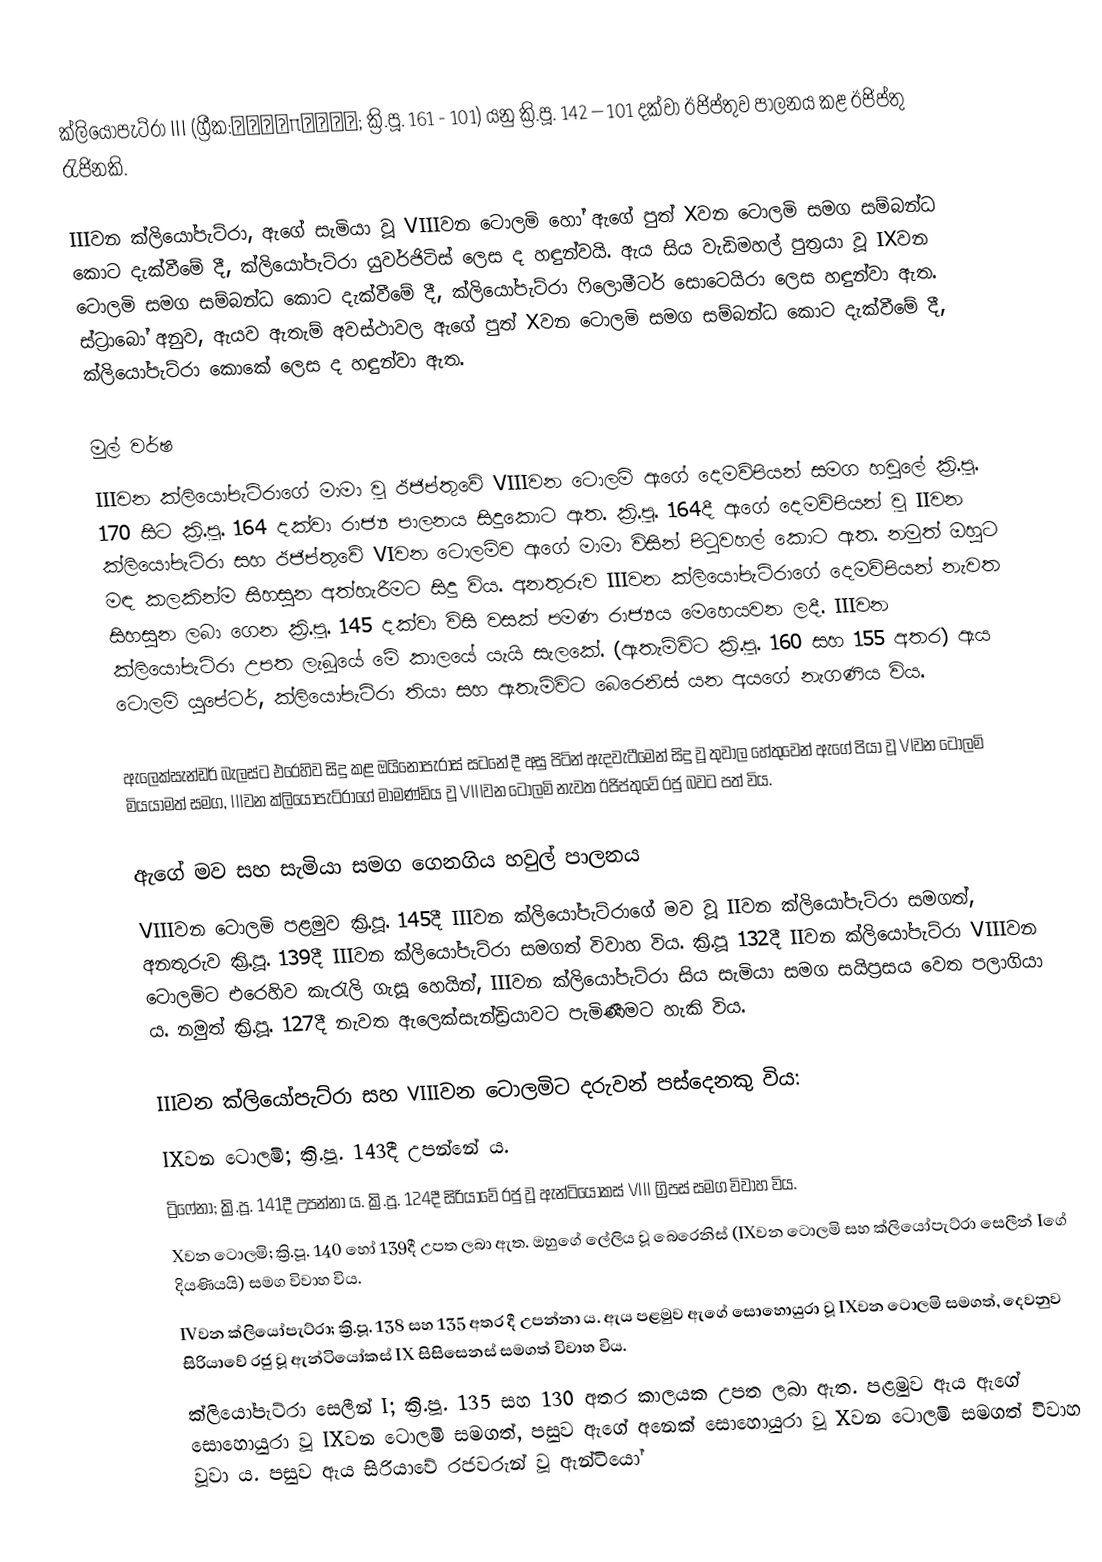
ක්ලියෝපැට්රා III (ග්‍රීක:Κλεοπάτρα; ක්‍රි.පූ. 161 - 101) යනු ක්‍රි.පූ. 142 – 101 දක්වා ඊජිප්තුව පාලනය කළ ඊජිප්තු රැජිනකි.

IIIවන ක්ලියෝපැට්රා, ඇගේ සැමියා වූ VIIIවන ටොලමි හෝ ඇ‍ගේ පුත් Xවන ටොලමි සමග සම්බන්ධ කොට දැක්වීමේ දී, ක්ලියෝපැට්රා යුවර්ජිටිස් ලෙස ද හඳුන්වයි. ඇය සිය වැඩිමහල් පුත්‍රයා වූ IXවන ටොලමි සමග සම්බන්ධ කොට දැක්වීමේ දී, ක්ලියෝපැට්රා ෆිලොමීටර් සොටෙයිරා ලෙස හඳුන්වා ඇත. ස්ට්‍රාබෝ අනුව, ඇයව ඇතැම් අවස්ථාවල ඇගේ පුත් Xවන ටොලමි සමග සම්බන්ධ කොට දැක්වීමේ දී, ක්ලියෝපැට්රා කොකේ ලෙස ද හඳුන්වා ඇත.

මුල් වර්ෂ
IIIවන ක්ලියෝපැට්රාගේ මාමා වූ ඊජිප්තුවේ VIIIවන ටොලමි ඇගේ දෙමව්පියන් සමග හවුලේ ක්‍රි.පූ. 170 සිට ක්‍රි.පූ. 164 දක්වා රාජ්‍ය පාලනය සිදුකොට ඇත. ක්‍රි.පූ. 164දී ඇගේ දෙමව්පියන් වූ IIවන ක්ලියෝපැට්රා සහ ඊජිප්තුවේ VIවන ටොලමිව ඇගේ මාමා විසින් ‍පිටුවහල් කොට ඇත. නමුත් ඔහුට මඳ කලකින්ම සිහසුන අත්හැරීමට සිදු විය. අනතුරුව IIIවන ක්ලියෝපැට්රාගේ දෙමව්පියන් නැවත සිහසුන ලබා ගෙන ක්‍රි.පූ. 145 දක්වා විසි වසක් පමණ රාජ්‍යය මෙහෙයවන ලදී. IIIවන ක්ලියෝපැට්රා උපත ලැබූයේ මේ කාලයේ යැයි සැලකේ. (ඇතැම්විට ක්‍රි.පූ. 160 සහ 155 අතර) ඇය ටොලමි යුපේටර්, ක්ලියෝපැට්රා තියා සහ ඇතැම්විට බෙරෙනිස් යන අයගේ නැගණිය විය.

ඇලෙක්සැන්ඩර් බැලස්ට එරෙහිව සිදු කළ ඔයිනොපැරාස් සටනේ දී අසු පිටින් ඇදවැටීමෙන් සිදු වූ තුවාල හේතුවෙන් ඇගේ පියා වූ VIවන ටොලමි මියයාමත් සමග, IIIවන ක්ලියෝපැට්රාගේ මාමණ්ඩිය වූ VIIIවන ටොලමි නැවත ඊජිප්තුවේ රජු බවට පත් විය.

ඇගේ මව සහ සැමියා සමග ගෙනගිය හවුල් පාලනය
VIIIවන ටොලමි පළමුව ක්‍රි.පූ. 145දී IIIවන ක්ලියෝපැට්රාගේ මව වූ IIවන ක්ලියෝපැට්රා සමගත්, අනතුරුව ක්‍රි.පූ. 139දී IIIවන ක්ලියෝපැට්රා සමගත් විවාහ විය. ක්‍රි.පූ‍ 132දී IIවන ක්ලියෝපැට්රා VIIIවන ටොලමිට එරෙහිව කැරැලි ගැසූ හෙයින්, IIIවන ක්ලියෝපැට්රා සිය සැමියා සමග සයිප්‍රසය වෙත පලාගියා ය. නමුත් ක්‍රි.පූ. 127දී නැවත ඇලෙක්සැන්ඩ්‍රියාවට පැමිණීමට හැකි විය.

IIIවන ක්ලියෝපැට්රා සහ VIIIවන ටොලමිට දරුවන් පස්දෙනකු විය:
 IXවන ටොලමි; ක්‍රි.පූ. 143දී උපන්නේ ය.
 ට්‍රිෆේනා; ක්‍රි.පූ. 141දී උපන්නා ය. ක්‍රි.පූ. 124දී සිරියාවේ රජු වූ ඇන්ටියෝකස් VIII ග්‍රිපස් සමග විවාහ විය.
 Xවන ටොලමි; ක්‍රි.පූ. 140 හෝ 139දී උපත ලබා ඇත. ඔහුගේ ලේලිය වූ බෙරෙනිස් (IXවන ටොලමි සහ ක්ලියෝපැට්රා සෙලීන් Iගේ දියණියයි) සමග විවාහ විය.
 IVවන ක්ලියෝපැට්රා; ක්‍රි.පූ. 138 සහ 135 අතර දී උපන්නා ය. ඇය පළමුව ඇගේ සොහොයුරා වූ IXවන ටොලමි සමගත්, දෙවනුව සිරියාවේ රජු වූ ඇන්ටියෝකස් IX සිසිසෙනස් සමගත් විවාහ විය.
 ක්ලියෝපැට්රා සෙලීන් I; ක්‍රි.පූ. 135 සහ 130 අතර කාලයක උපත ලබා ඇත. පළමුව ඇය ඇගේ සොහොයුරා වූ IXවන ටොලමි සමගත්, පසුව ඇගේ අනෙක් සොහොයුරා වූ Xවන ටොලමි සමගත් විවාහ වූවා ය. පසුව ඇය සිරියාවේ රජවරුන් වූ ඇන්ටියෝ